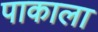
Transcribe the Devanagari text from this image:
पाकाला